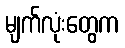
မျက်လုံးတွေက